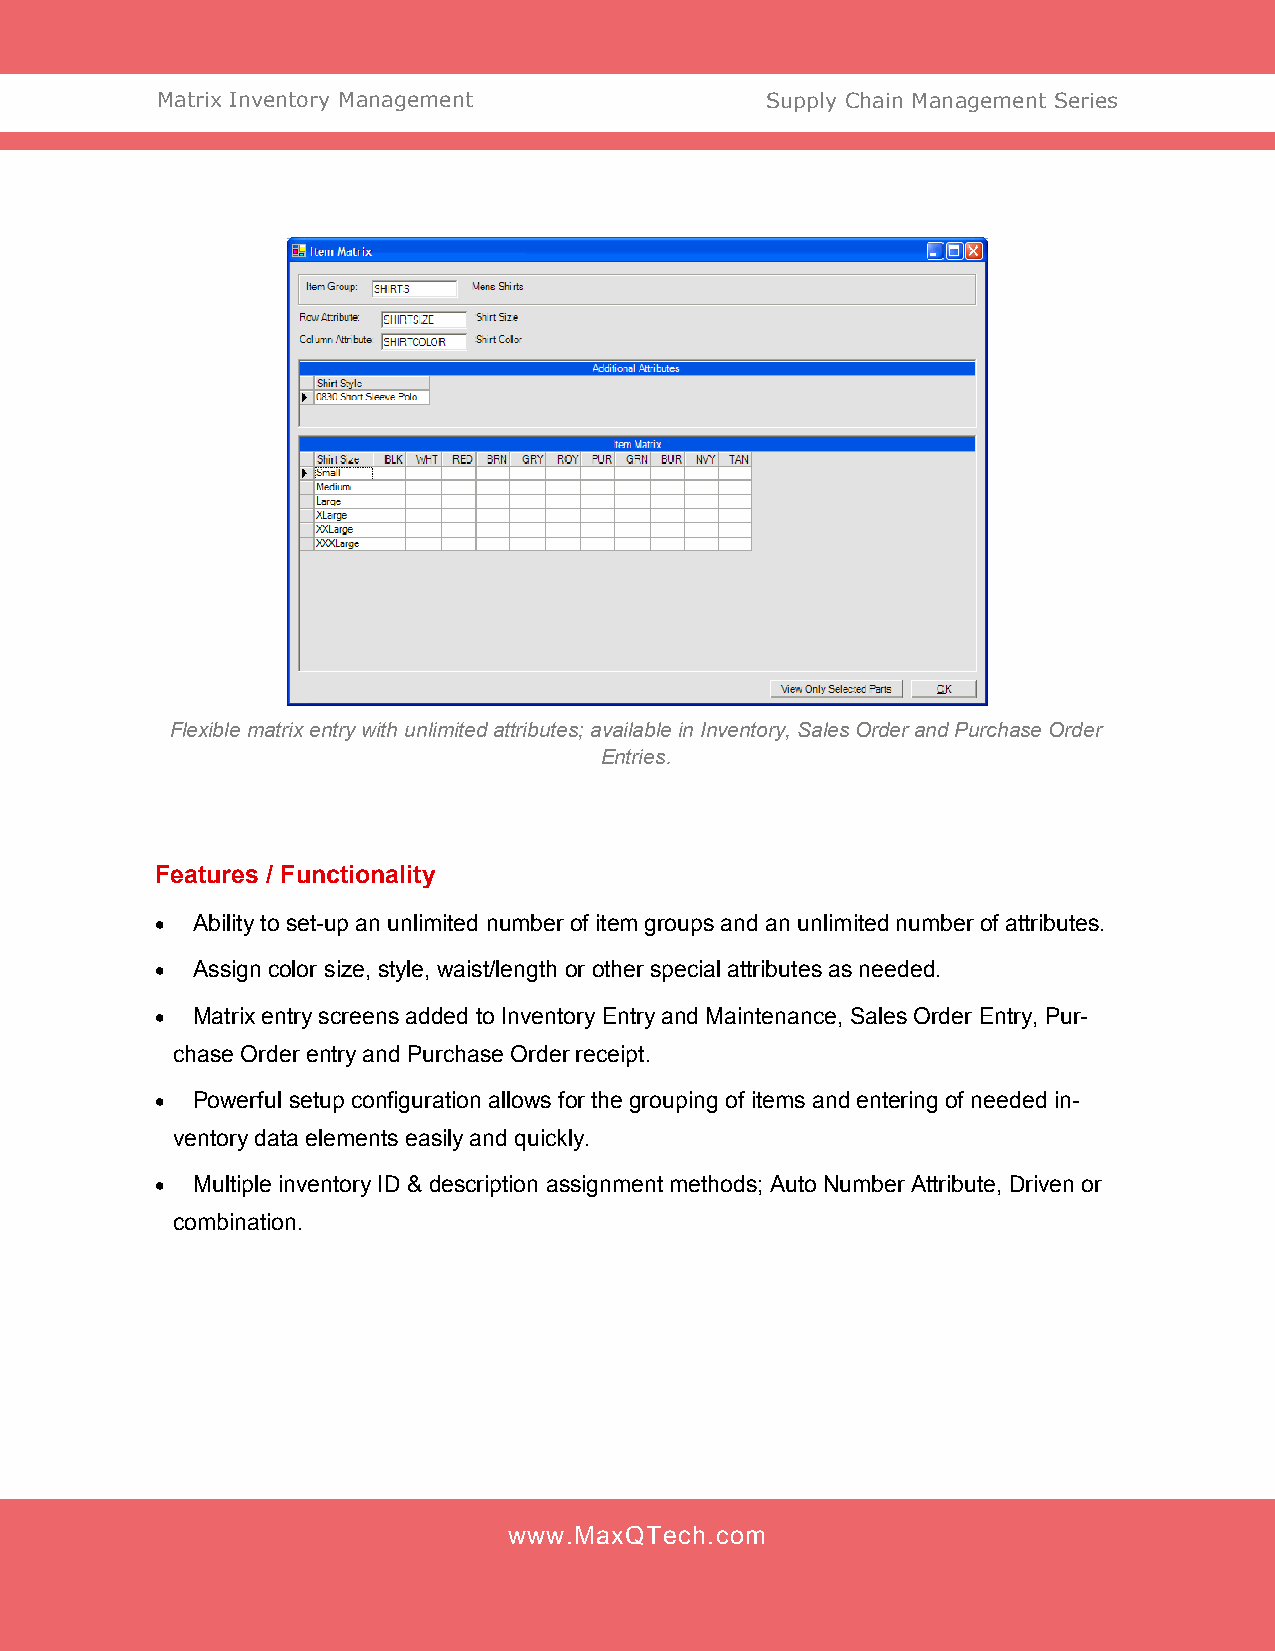
Matrix Inventory Management              Supply Chain Management Series
 Flexible matrix entry with unlimited attributes; available in Inventory, Sales Order and Purchase Order
 Entries.
 Features / Functionality
   Ability to set-up an unlimited number of item groups and an unlimited number of attributes.
   Assign color size, style, waist/length or other special attributes as needed.
   Matrix entry screens added to Inventory Entry and Maintenance, Sales Order Entry, Pur-
 chase Order entry and Purchase Order receipt.
   Powerful setup configuration allows for the grouping of items and entering of needed in-
 ventory data elements easily and quickly.
   Multiple inventory ID & description assignment methods; Auto Number Attribute, Driven or
 combination.
 www.MaxQTech.com